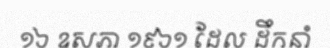
១៦ ឧសភា ១៩៦១ ដែល ដឹកនាំ